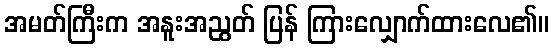
အမတ်ကြီးက အနူးအညွတ် ပြန် ကြားလျှောက်ထားလေ၏။